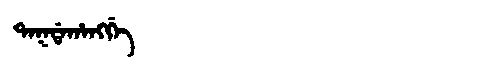
Manchu: ᡨᠠᡴᡩᠠᡥᠠᠩᡤᡝ
Romanization: TAKDAHANGGE